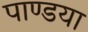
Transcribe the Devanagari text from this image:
पाण्डया